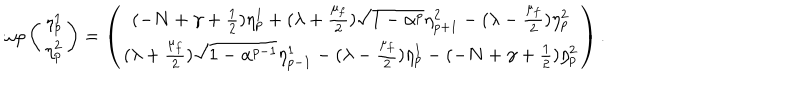
\omega \rho \left( \begin{matrix} { { \eta _ { p } ^ { 1 } } } \\ { { \eta _ { p } ^ { 2 } } } \\ \end{matrix} \right) = \left( \begin{matrix} { { ( - N + \gamma + \frac { 1 } { 2 } ) \eta _ { p } ^ { 1 } + ( \lambda + \frac { \mu _ { f } } { 2 } ) \sqrt { 1 - \alpha ^ { p } } \eta _ { p + 1 } ^ { 2 } - ( \lambda - \frac { \mu _ { f } } { 2 } ) \eta _ { p } ^ { 2 } } } \\ { { ( \lambda + \frac { \mu _ { f } } { 2 } ) \sqrt { 1 - \alpha ^ { p - 1 } } \eta _ { p - 1 } ^ { 1 } - ( \lambda - \frac { \mu _ { f } } { 2 } ) \eta _ { p } ^ { 1 } - ( - N + \gamma + \frac { 1 } { 2 } ) \eta _ { p } ^ { 2 } } } \\ \end{matrix} \right) .